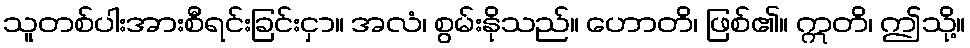
သူတစ်ပါးအားစီရင်းခြင်းငှာ။ အလံ၊ စွမ်းနိုသည်။ ဟောတိ၊ ဖြစ်၏။ ဣတိ၊ ဤသို့။